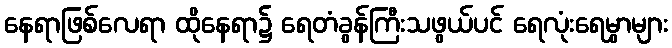
နေရာဖြစ်လေရာ ထိုနေရာ၌ ရေတံခွန်ကြီးသဖွယ်ပင် ရေလုံးရေမွှာများ